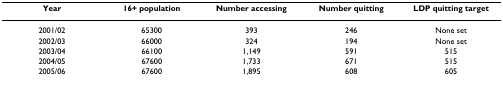
<table><thead><tr><td><b>Year</b></td><td><b>16+ population</b></td><td><b>Number accessing</b></td><td><b>Number quitting</b></td><td><b>LDP quitting target</b></td></tr></thead><tbody><tr><td>2001/02</td><td>65300</td><td>393</td><td>246</td><td>None set</td></tr><tr><td>2002/03</td><td>66000</td><td>324</td><td>194</td><td>None set</td></tr><tr><td>2003/04</td><td>66100</td><td>1,149</td><td>591</td><td>515</td></tr><tr><td>2004/05</td><td>67600</td><td>1,733</td><td>671</td><td>515</td></tr><tr><td>2005/06</td><td>67600</td><td>1,895</td><td>608</td><td>605</td></tr></tbody></table>